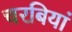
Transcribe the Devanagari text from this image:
चरबियां